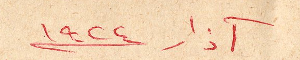
آذار ١٩٢٤